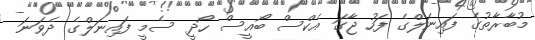
މުބާރާތުގެ ފައިނަލްގެ ފަހު ޖާގަ އެކްސް ބޯއީސް ހޯދީ ސެމީ ފައިނަލްގެ ދެވަނަ